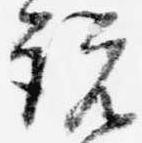
説